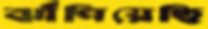
ঝাঁপিয়েছি